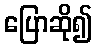
ပြောဆို၍